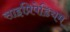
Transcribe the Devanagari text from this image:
साइप्रिपेडियम